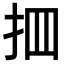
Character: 𢪾